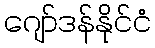
ဂျော်ဒန်နိုင်ငံ